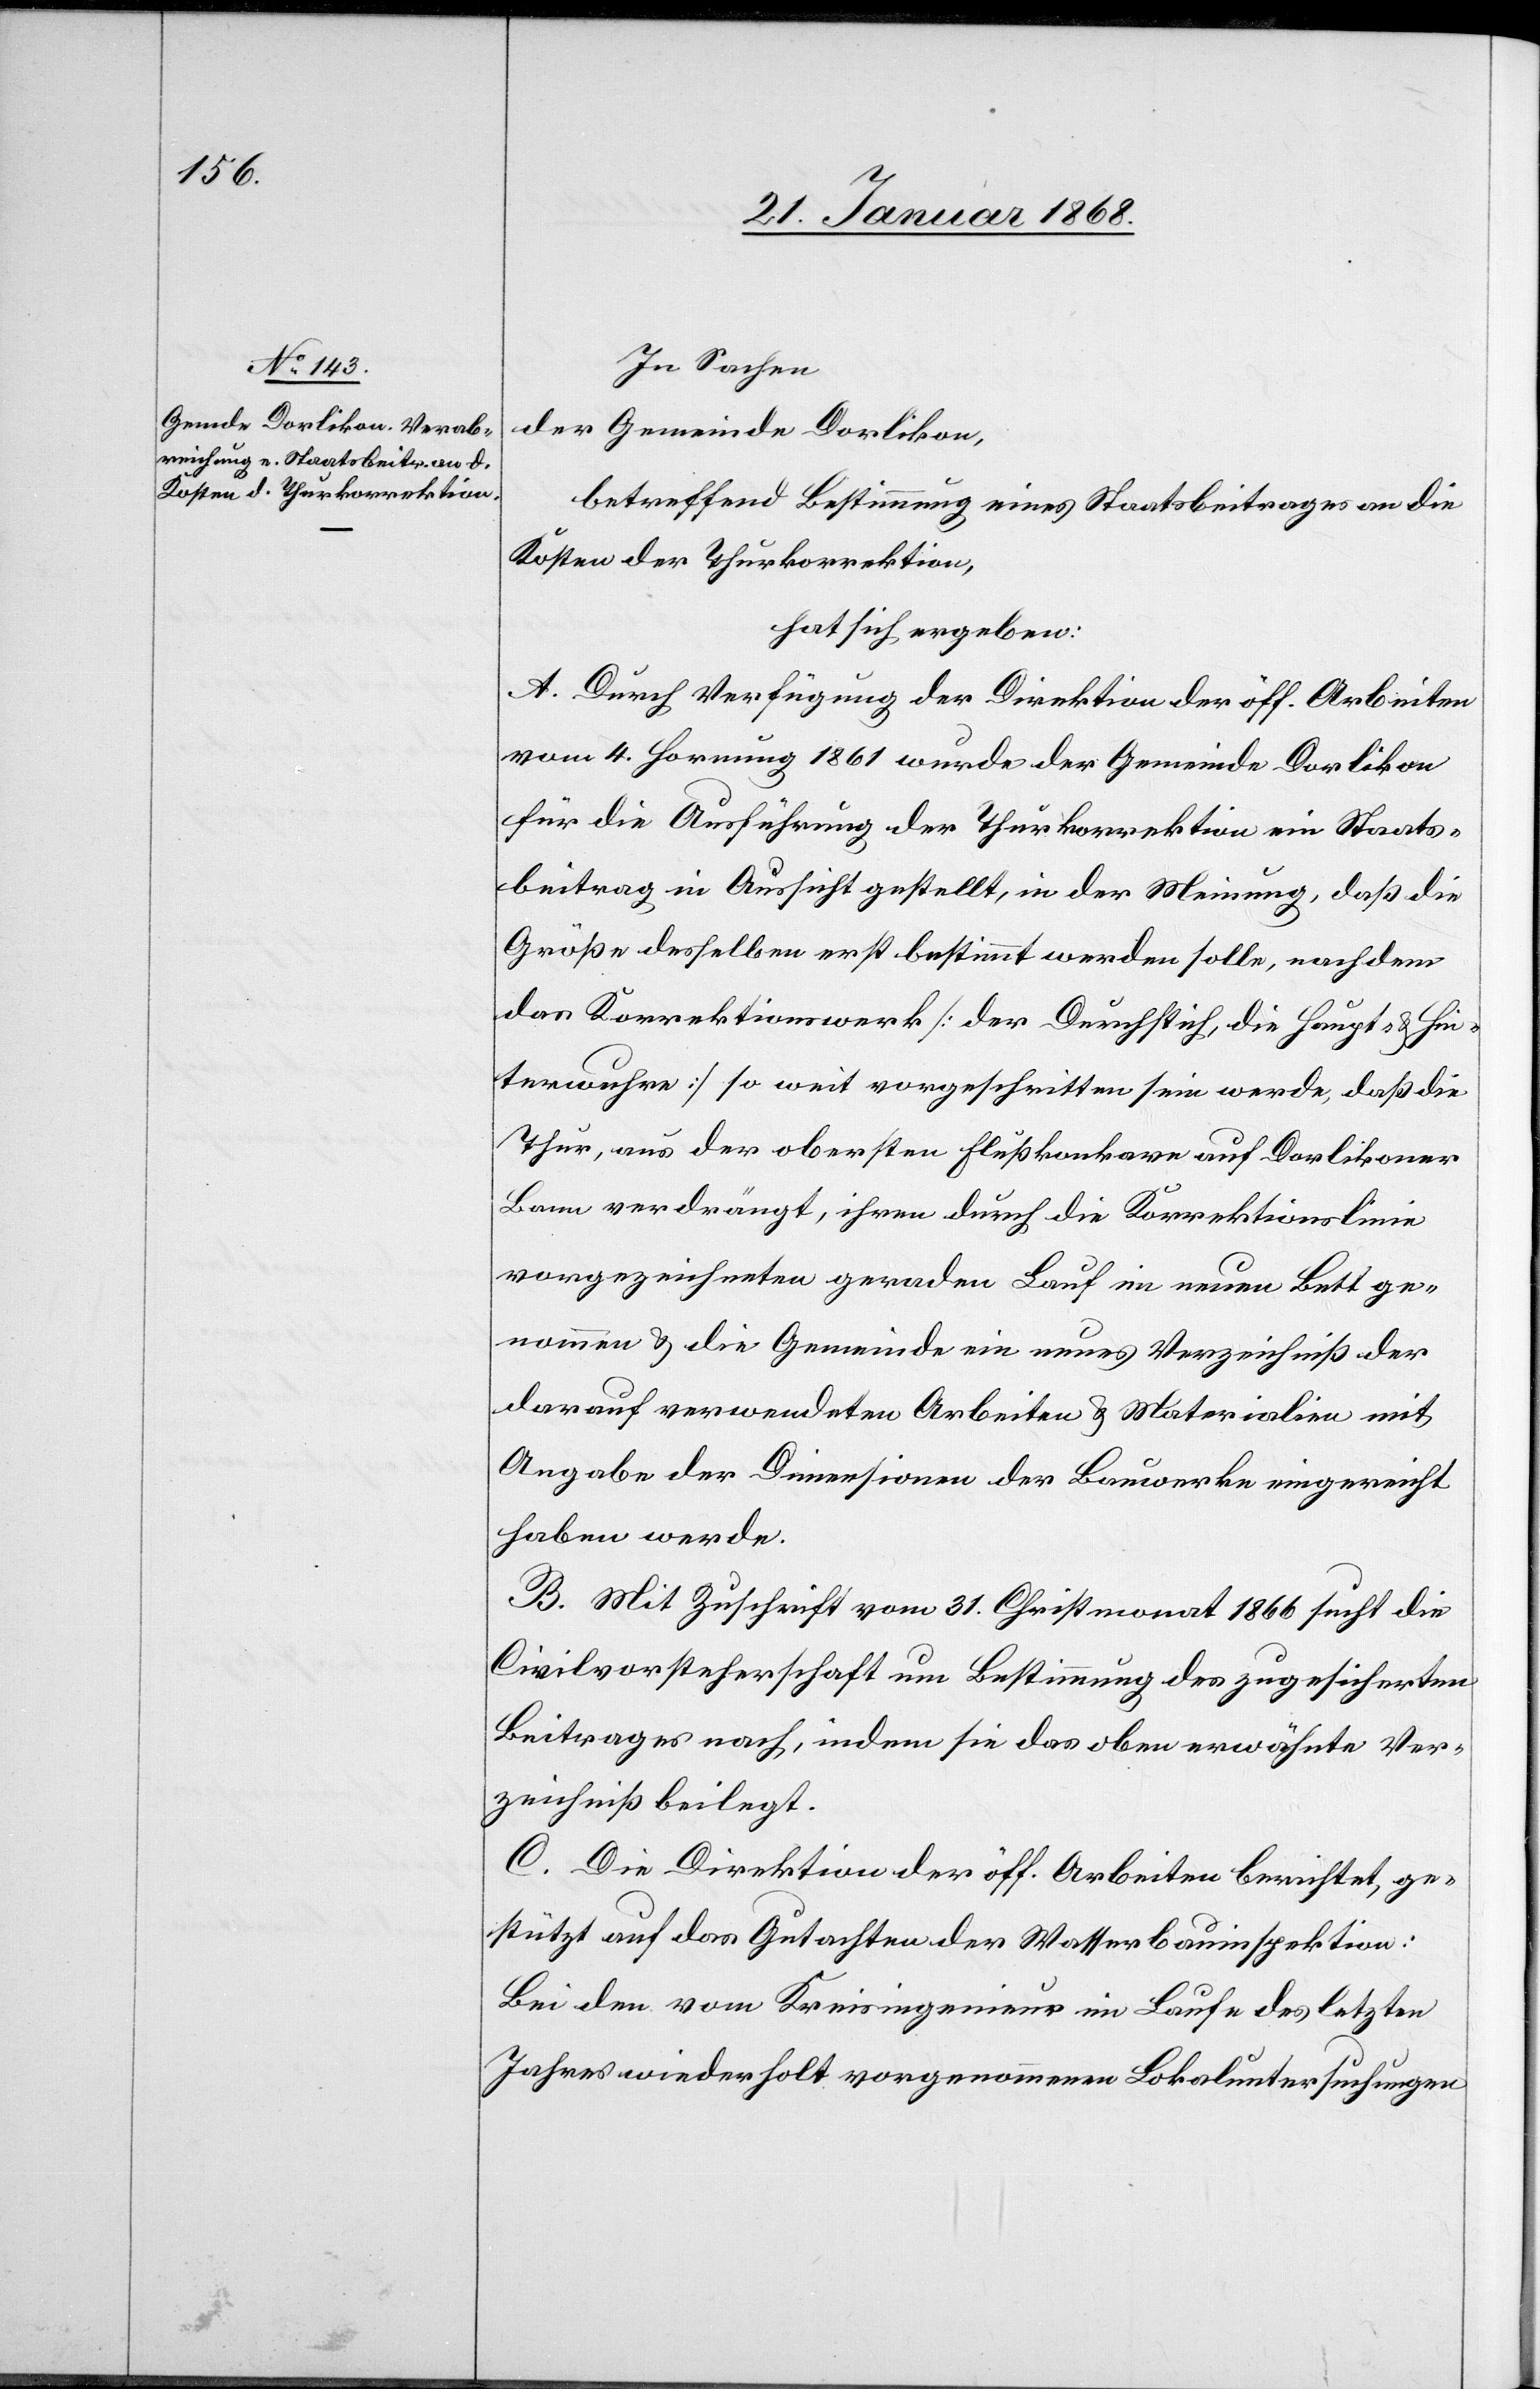
In Sachen
der Gemeinde Dorlikon,
betreffend Bestimmung eines Staatsbeitrages an die
Kosten der Thurkorrektion,
hat sich ergeben:
A. Durch Verfügung der Direktion der öff. Arbeiten
vom 4. Hornung 1861 wurde der Gemeinde Dorlikon
für die Ausführung der Thurkorrektion ein Staats¬
beitrag in Aussicht gestellt, in der Meinung, daß die
Größe desselben erst bestimmt werden solle, nachdem
das Korrektionswerk [der Durchstich, die Haupt- & Hin¬
terwuhre] so weit vorgeschritten sein werde, daß die
Thur, aus der obersten Flußkonkave auf Dorlikoner
Bann verdrängt, ihren durch die Korrektionslinie
vorgezeichneten geraden Lauf im neuen Bett ge¬
nommen & die Gemeinde ein neues Verzeichniß der
darauf verwendeten Arbeiten & Materialien mit
Angabe der Dimensionen der Bauwerke eingereicht
haben werde.
B. Mit Zuschrift vom 31. Christmonat 1866 sucht die
Civilvorsteherschaft um Bestimmung des zugesicherten
Beitrages nach, indem sie das oben erwähnte Ver¬
zeichniß beilegt.
C. Die Direktion der öff. Arbeiten berichtet, ge¬
stützt auf das Gutachten der Wasserbauinspektion:
Bei den vom Kreisingenieur im Laufe des letzten
Jahres wiederholt vorgenommenen Lokaluntersuchungen